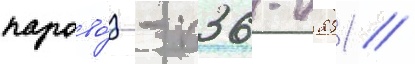
парово́з - п36-0251 //